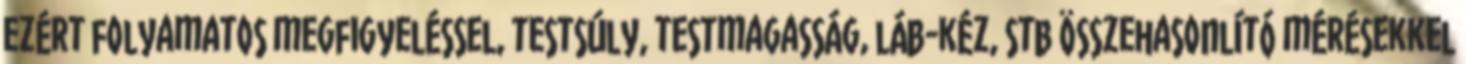
ezért folyamatos megfigyeléssel, testsúly, testmagasság, láb-kéz, stb összehasonlító mérésekkel